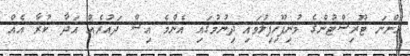
އަންނަ ޓޫރިސްޓުންގެ މުނިފޫހިފިލުވައި ދިނުމުގައި އެންމެ އިސް ދައުރެއް އަދާ ކުރާ އެއް